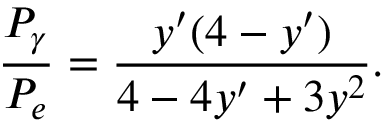
{ \frac { P _ { \gamma } } { P _ { e } } } = { \frac { y ^ { \prime } ( 4 - y ^ { \prime } ) } { 4 - 4 y ^ { \prime } + 3 y ^ { 2 } } } .